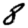
Digit: 8